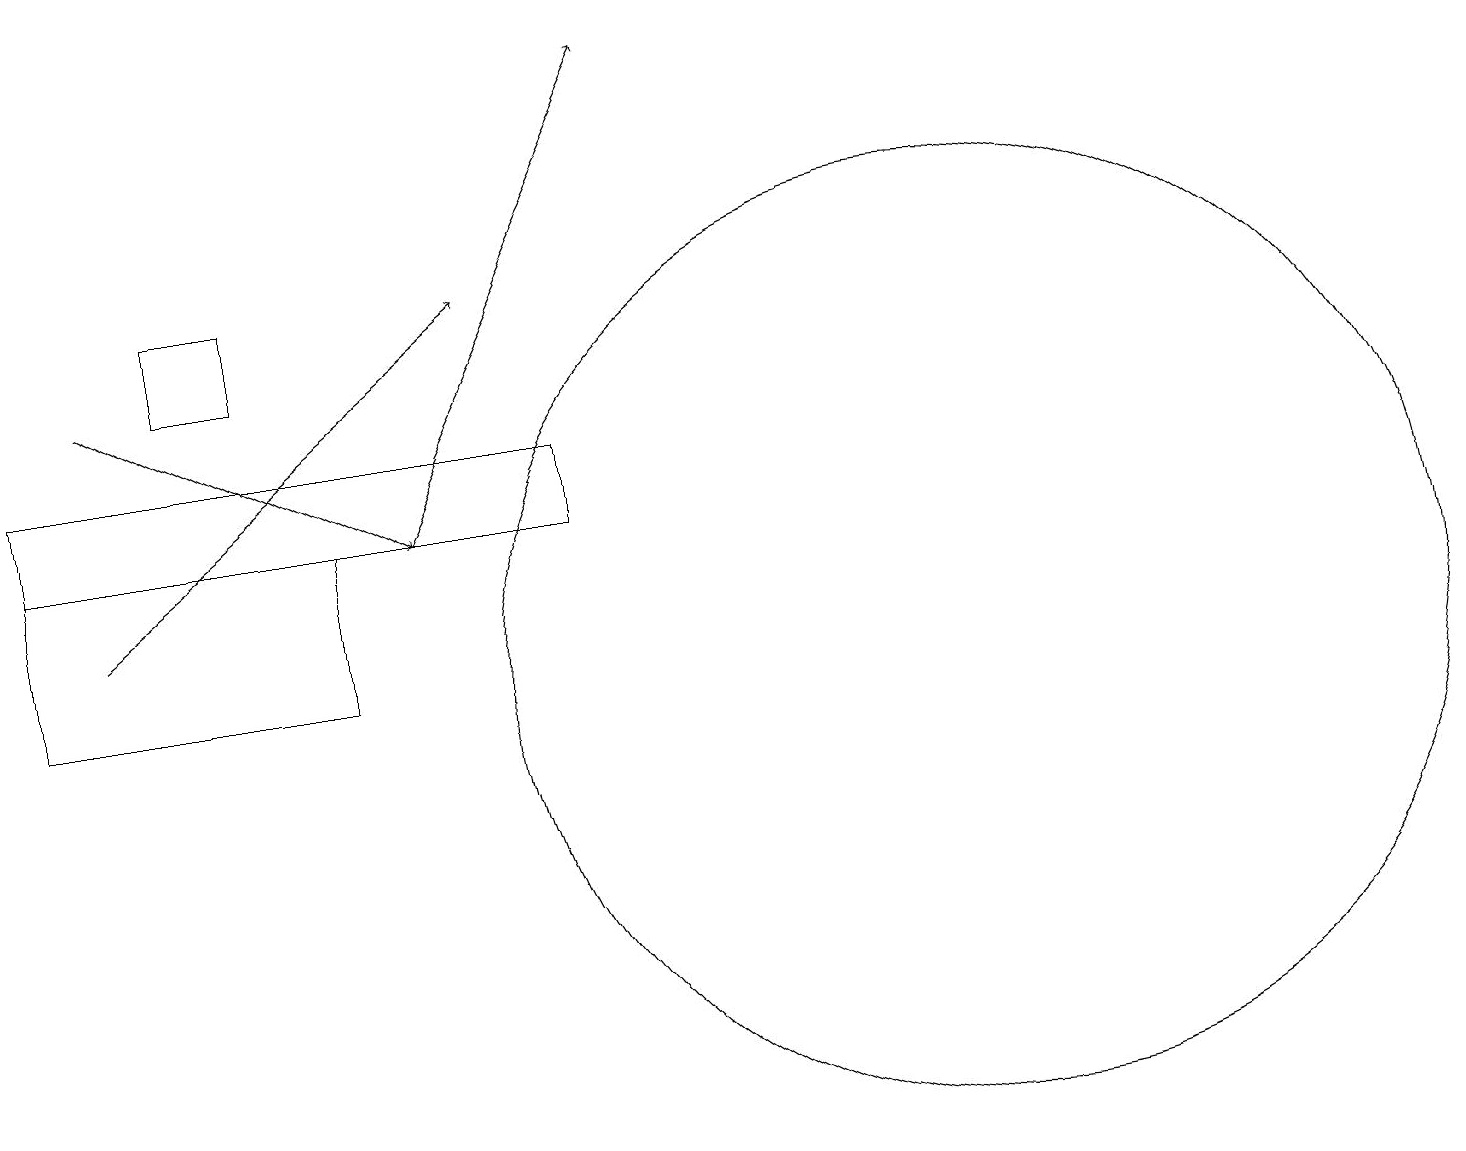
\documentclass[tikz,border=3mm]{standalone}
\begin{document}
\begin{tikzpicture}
\draw[->] (1,12) -- (6,16);
\draw (7,13) rectangle (0,14);
\draw (3,15) rectangle (2,16);
\draw (1,13) rectangle (2,13);
\draw (4,11) rectangle (0,13);
\draw (12,11) circle (6);
\draw[->] (5,13) -- (8,19);
\draw[->] (1,15) -- (5,13);
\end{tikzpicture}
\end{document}